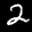
Label: 2